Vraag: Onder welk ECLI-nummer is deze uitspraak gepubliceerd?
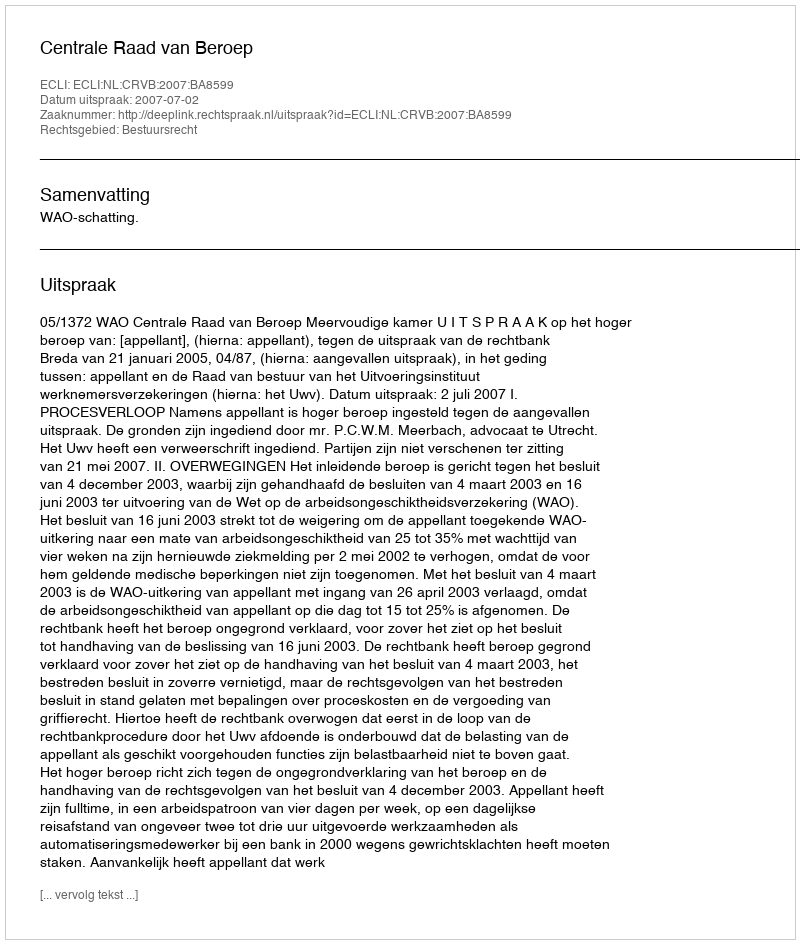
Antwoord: ECLI:NL:CRVB:2007:BA8599